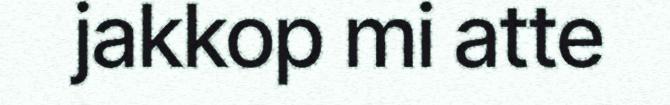
jakkop mi atte